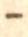
-